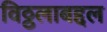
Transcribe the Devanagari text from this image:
विठ्ठलाबद्दल